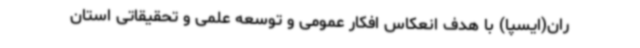
ران(ایسپا) با هدف انعکاس افکار عمومی و توسعه علمی و تحقیقاتی استان